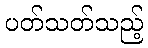
ပတ်သတ်သည့်